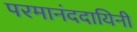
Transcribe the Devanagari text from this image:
परमानंददायिनी